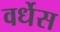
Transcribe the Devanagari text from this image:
वर्धेस